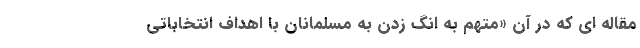
مقاله ای که در آن «متهم به انگ زدن به مسلمانان با اهداف انتخاباتی